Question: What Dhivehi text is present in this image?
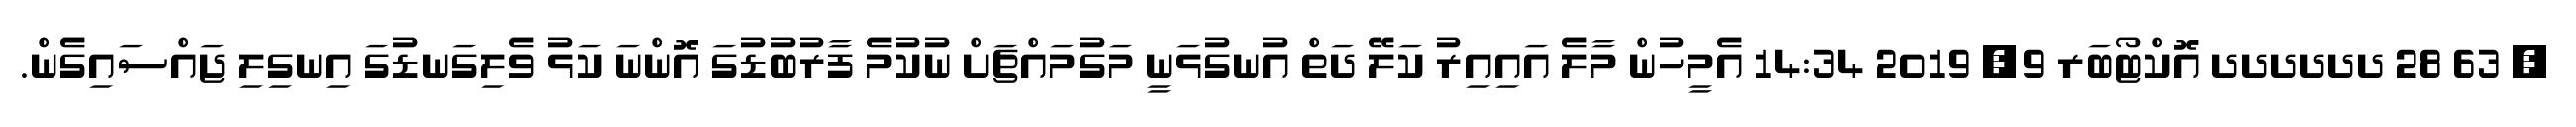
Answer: ? 63 28 ދދދދދދ އޮކްޓޯބަރ 9, 2019 14:34 އެމީހުން މާލެ އައިއިރު ކަލޭ ދަތް އުނގުޅަނީ މަގުމައްޗަށް ނުކުމެ ފާރުބުޑުގަ އޮންނަ ކަޅު ވެލިގަނޑުގަ އިނގިލި ޖައްސައިގެން.